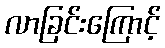
လာခြင်းကြောင့်